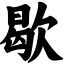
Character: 歇